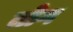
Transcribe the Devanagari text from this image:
तोग